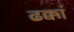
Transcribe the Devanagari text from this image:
ढक्कां